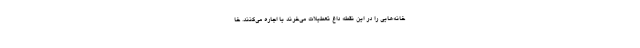
خانه‌هایی را در این نقطه داغ تعطیلات می‌خرند یا اجاره می‌کنند. خا